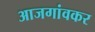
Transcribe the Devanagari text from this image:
आजगांवकर